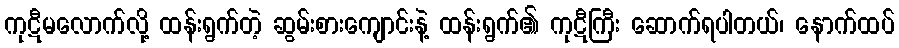
ကုဋီမလောက်လို့ ထန်းရွက်တဲ့ ဆွမ်းစားကျောင်းနဲ့ ထန်းရွက်၏ ကုဋီကြီး ဆောက်ရပါတယ်၊ နောက်ထပ်